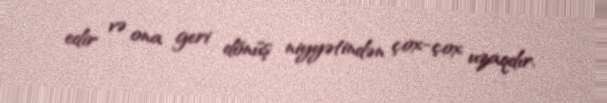
edir və ona geri dönüş niyyətindən çox-çox uzaqdır.